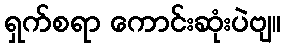
ရှက်စရာ ကောင်းဆုံးပဲဗျ။